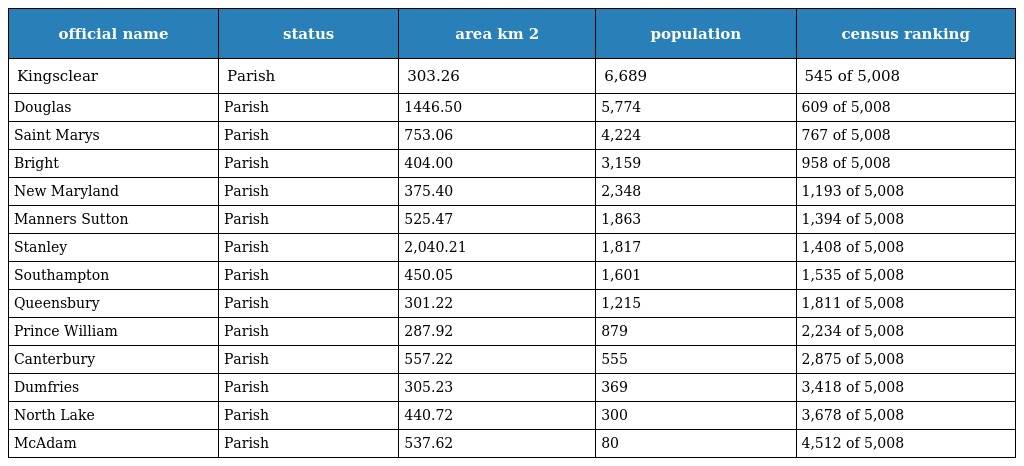
| official name | status | area km 2 | population | census ranking |
 | --- | --- | --- | --- | --- |
 | Kingsclear | Parish | 303.26 | 6,689 | 545 of 5,008 |
 | Douglas | Parish | 1446.50 | 5,774 | 609 of 5,008 |
 | Saint Marys | Parish | 753.06 | 4,224 | 767 of 5,008 |
 | Bright | Parish | 404.00 | 3,159 | 958 of 5,008 |
 | New Maryland | Parish | 375.40 | 2,348 | 1,193 of 5,008 |
 | Manners Sutton | Parish | 525.47 | 1,863 | 1,394 of 5,008 |
 | Stanley | Parish | 2,040.21 | 1,817 | 1,408 of 5,008 |
 | Southampton | Parish | 450.05 | 1,601 | 1,535 of 5,008 |
 | Queensbury | Parish | 301.22 | 1,215 | 1,811 of 5,008 |
 | Prince William | Parish | 287.92 | 879 | 2,234 of 5,008 |
 | Canterbury | Parish | 557.22 | 555 | 2,875 of 5,008 |
 | Dumfries | Parish | 305.23 | 369 | 3,418 of 5,008 |
 | North Lake | Parish | 440.72 | 300 | 3,678 of 5,008 |
 | McAdam | Parish | 537.62 | 80 | 4,512 of 5,008 |